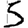
Digit: 5